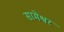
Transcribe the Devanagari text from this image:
सामेश्वर